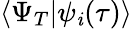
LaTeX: \langle\Psi_{T}|\psi_{\mathit{i}}(\tau)\rangle